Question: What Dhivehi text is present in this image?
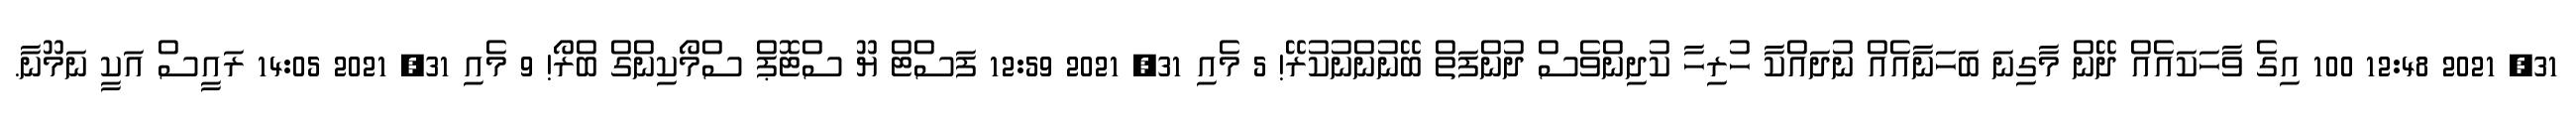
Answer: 31, 2021 12:48 100 އިގެ ވާހަކައެއް ދޭން މާގިނަ ބަހަނާއެއް ނުދައްކާ ހުރިހާ ކުދިންވެސް ދުންފަތް ބޭނުންނުކުރޭ! 5 މެއި 31, 2021 12:59 ފަސްޓް ޔޫ ސްޓޮޕް ސްމޯކިންގް ބްރޯ! 9 މެއި 31, 2021 14:05 ރައީސް އަކީ ނަމޫނާ.